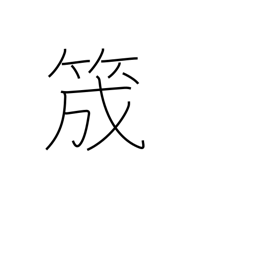
Meaning: guide for yarn on a loom